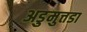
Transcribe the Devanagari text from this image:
अडुमुत्तडा